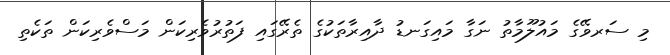
މި ސަރވޭގެ މައުލޫމާތު ނަގާ މައިގަނޑު ދާއިރާތަކުގެ ތެރޭގައި ފަތުރުވެރިކަން މަސްވެރިކަން ތަކެތި